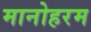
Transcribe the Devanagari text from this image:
मानोहरम